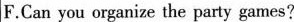
F.Can you organize the party games?